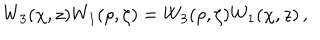
W _ { 3 } ( \chi , z ) W _ { 1 } ( \rho , \zeta ) = W _ { 3 } ( \rho , \zeta ) W _ { 1 } ( \chi , z ) \, ,